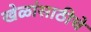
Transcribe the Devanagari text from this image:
खेळांसाठीचे